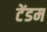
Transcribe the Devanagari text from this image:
टेंडम